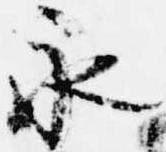
永